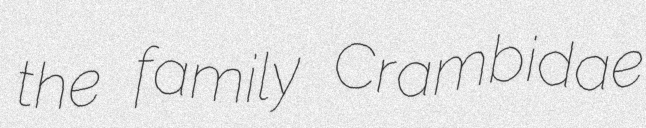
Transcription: the family Crambidae